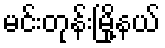
မင်းတုန်းမြို့နယ်